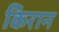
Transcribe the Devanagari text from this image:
किरान